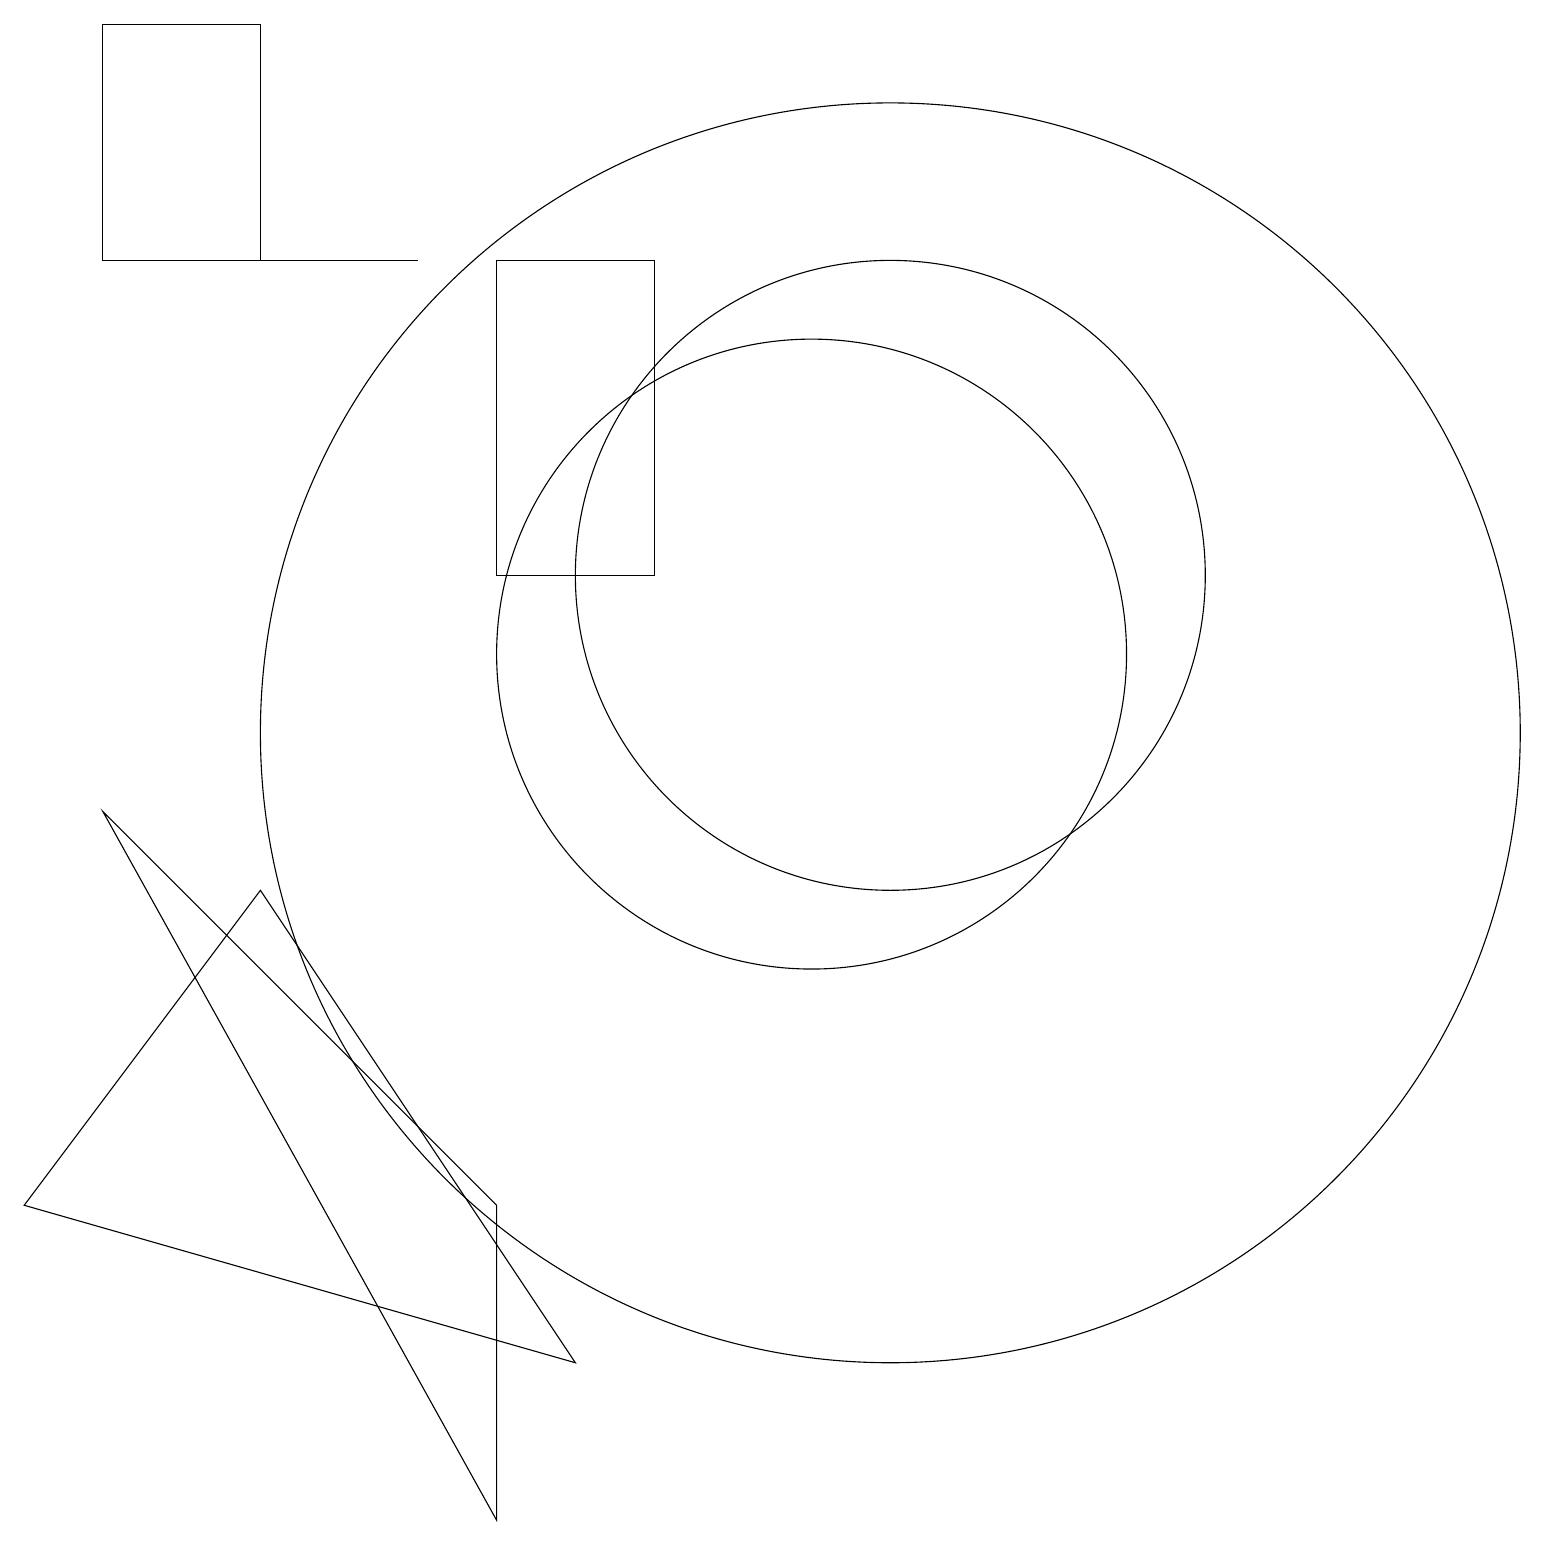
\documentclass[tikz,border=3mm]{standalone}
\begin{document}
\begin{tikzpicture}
\draw (8,16) rectangle (6,12);
\draw (5,16) rectangle (1,16);
\draw (6,4) -- (6,0) -- (1,9) -- cycle;
\draw (1,16) rectangle (3,19);
\draw (10,11) circle (4);
\draw (11,12) circle (4);
\draw (11,10) circle (8);
\draw (0,4) -- (7,2) -- (3,8) -- cycle;
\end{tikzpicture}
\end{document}